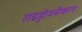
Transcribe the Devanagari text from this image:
हाइड्रोजनीकरन